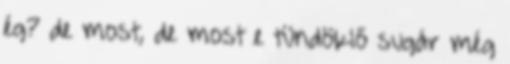
ég? de most, de most e tündöklő sugár még